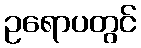
ဥရောပတွင်